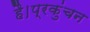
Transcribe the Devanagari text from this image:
है।प्रकुंचन